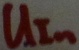
Text: UIn